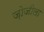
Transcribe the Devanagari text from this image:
ज़ोजीला